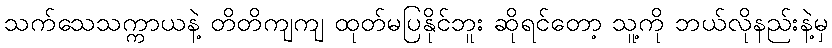
သက်သေသက္ကာယနဲ့ တိတိကျကျ ထုတ်မပြနိုင်ဘူး ဆိုရင်တော့ သူ့ကို ဘယ်လိုနည်းနဲ့မှ